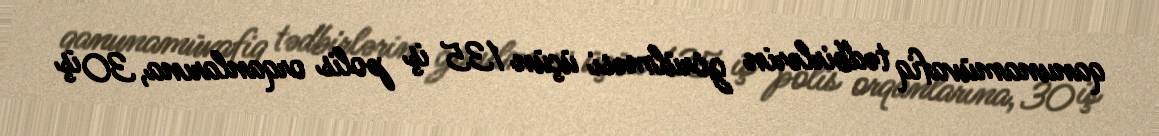
qanunamüvafiq tədbirlərin görülməsi üçün 135 iş polis orqanlarına, 30 iş